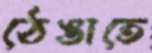
ঠেঙাতে